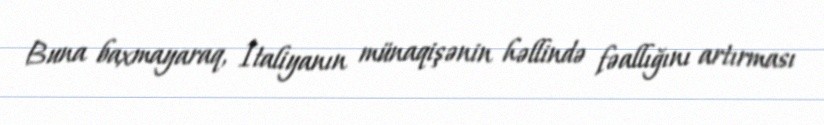
Buna baxmayaraq, İtaliyanın münaqişənin həllində fəallığını artırması